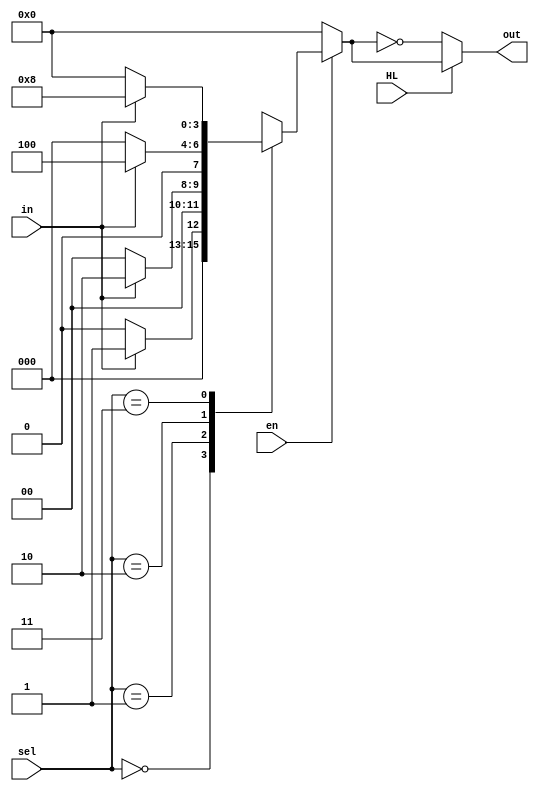
/*
Gii a hp/phn knh:
c im ng vo bao gm hai loi chn:
- Chn chn : sel / select (l s bit cn  biu din s lng ng ra)
- 01 chn d liu vo
Ng ra:
- Cc chn d liu ra
--------------------------------------
Nguyn tc hot ng:
Cc chn sel/select chn ng vo s truyn d liu (ni n) ng ra no.
*/

/*
Vi cc bi ton c HL (tc ng mc cao/thp), ta gii bi ton theo hng
bnh thng vo o li  cui bi.
*/

module demux_1_to_4(HL, en, sel, in, out);
    input [1:0] sel;
    input en, HL, in;
    output [3:0] out;

    reg[3:0]  wo_HL; //wo_HL = without HL

    always @(in, sel, HL, en) 
    begin
        if( en == 0 ) wo_HL = 4'b0000;
        else
            begin
                case(sel)
                    0 : wo_HL = (in==1)?(4'b0001):(4'b0000);
                    1 : wo_HL = (in==1)?(4'b0010):(4'b0000);
                    2 : wo_HL = (in==1)?(4'b0100):(4'b0000);
                    3 : wo_HL = (in==1)?(4'b1000):(4'b0000);
                endcase
            end
    end
    assign out = (HL == 0) ? ~wo_HL : wo_HL;
endmodule

//Ngoi dng case ra ta c th bin i biu thc ri mi kt hp.
module demux_1_to_4_simlified(HL, en, sel, in, out);
    input [1:0] sel;
    input en, HL, in;
    output [3:0] out;

    reg[3:0]  wo_HL; //wo_HL = without HL

    always @(sel, in, HL, en) 
    begin
        if( en == 0 ) wo_HL = 4'b0000;
        else
            begin
                wo_HL[0] = in & (~sel[1]) & (~sel[0]);
                wo_HL[1] = in & (~sel[1]) & (sel[0]);
                wo_HL[2] = in & (sel[1]) & (~sel[0]);
                wo_HL[3] = in & (sel[1]) & (sel[0]);
            end
    end
    assign out = (HL == 0) ? ~wo_HL : wo_HL;
endmodule

//Vic vit biu thc ng ra c th lm bi ton ngn hn, nhng d sai hn!
/*
Module name: Demux 1 to 8
Author: Nguyen Thanh Phu
*/

module demux_1_to_8(S, IN, OUT);    
    input IN;
    input [2:0] S;
    output reg[7:0] OUT;

    always @( S, IN )
    begin
        OUT[0] = ~S[0] & ~S[1] & ~S[2];
        OUT[1] = ~S[0] & ~S[1] & S[2];
        OUT[2] = ~S[0] & S[1] & ~S[2];
        OUT[3] = ~S[0] & S[1] & S[2];
        OUT[4] = S[0] & ~S[1] & ~S[2];
        OUT[5] = S[0] & ~S[1] & S[2];
        OUT[6] = S[0] & S[1] & ~S[2];
        OUT[7] = S[0] & S[1] & S[2];
    end
endmodule

//Tng t khi c HL, ta thm mt reg tmp/wo_HL 
// lu tm gi tr khi HL = 1
//ri o li nu HL = 0
//V kch thc, wo_HL/tmp c cng s reg/wire vi ng ra
module demux_1_to_8_HL(HL, S, IN, OUT);    
    input IN, HL;
    input  [2:0] S;
    output [7:0] OUT;

    reg [7:0]wo_HL;

    always @( S, IN )
        begin
            wo_HL[0] = ~S[0] & ~S[1] & ~S[2];
            wo_HL[1] = ~S[0] & ~S[1] & S[2];
            wo_HL[2] = ~S[0] & S[1] & ~S[2];
            wo_HL[3] = ~S[0] & S[1] & S[2];
            wo_HL[4] = S[0] & ~S[1] & ~S[2];
            wo_HL[5] = S[0] & ~S[1] & S[2];
            wo_HL[6] = S[0] & S[1] & ~S[2];
            wo_HL[7] = S[0] & S[1] & S[2];
        end
    assign OUT = (HL == 1)?(wo_HL):(~wo_HL);
endmodule